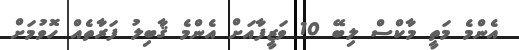
އެންމެ މަތީ މާކްސް ލިބޭ 10 ވަޒީފާއަށް އެންމެ ޤާބިލު ފަރާތެއް ހޮވުމަށް